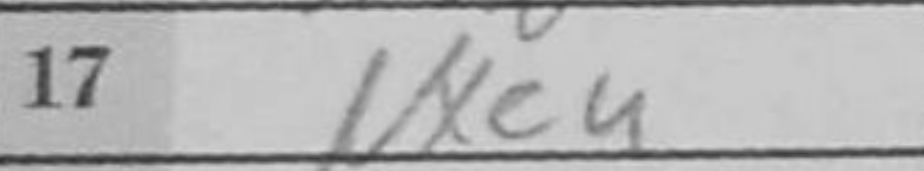
Transcription: Nxe4